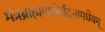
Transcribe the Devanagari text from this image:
मंत्रब्राह्मणयोर्वेदनामधेयम्